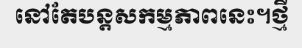
នៅតែបន្តសកម្មភាពនេះ។ថ្មី